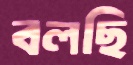
বলছি